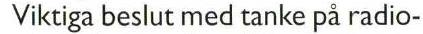
 Viktiga beslut med tanke på radio-